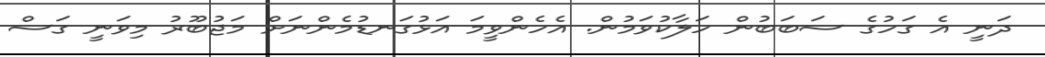
ދަނީ އެ ގަހުގެ ސަބަބުން ހަލާކުވަމުން. އެހެންވީމަ އަޅުގަނޑުމެންނަށް މަޖުބޫރު މިވަނީ ގަސް